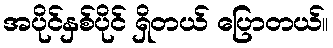
အပိုင်နှစ်ပိုင် ရှိတယ် ပြောတယ်။